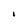
Character: I